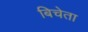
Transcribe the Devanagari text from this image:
बिचेता